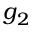
g _ { 2 }